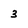
Character: 3